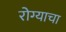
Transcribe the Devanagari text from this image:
रोग्याचा